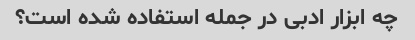
چه ابزار ادبی در جمله استفاده شده است؟